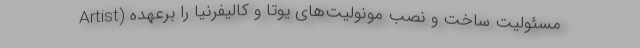
Artist) مسئولیت ساخت و نصب مونولیت‌های یوتا و کالیفرنیا را برعهده